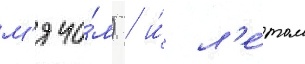
м'ячо́м) / и́ л'е́том